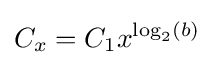
C_{x}=C_{1}x^{\log _{2}(b)}